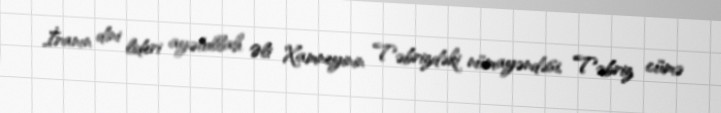
İranın dini lideri ayətullah Əli Xamneyinin Təbrizdəki nümayəndəsi, Təbriz cümə